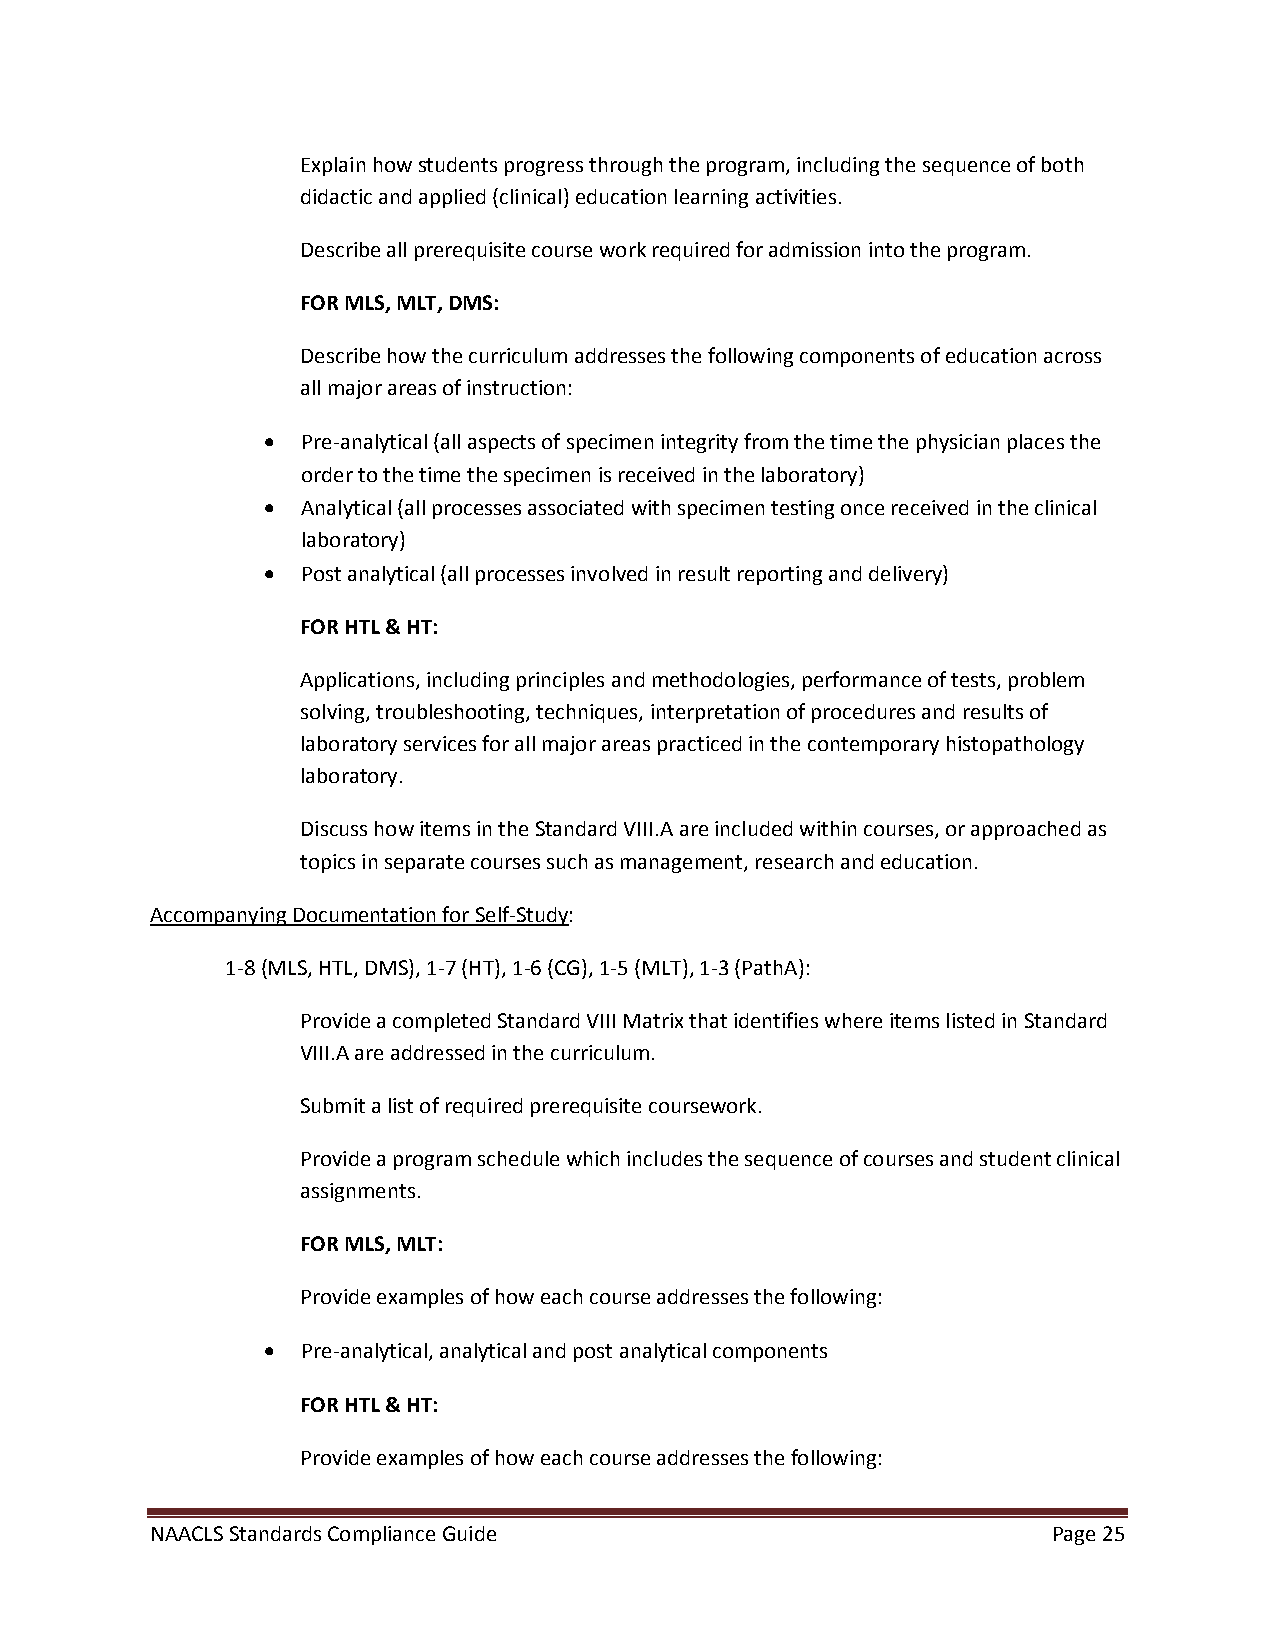
Explain how students progress through the program, including the sequence of both
 didactic and applied (clinical) education learning activities.
 Describe all prerequisite course work required for admission into the program.
 FOR MLS, MLT, DMS:
 Describe how the curriculum addresses the following components of education across
 all major areas of instruction:
 •  Pre-analytical (all aspects of specimen integrity from the time the physician places the
 order to the time the specimen is received in the laboratory)
 •  Analytical (all processes associated with specimen testing once received in the clinical
 laboratory)
 •  Post analytical (all processes involved in result reporting and delivery)
 FOR HTL & HT:
 Applications, including principles and methodologies, performance of tests, problem
 solving, troubleshooting, techniques, interpretation of procedures and results of
 laboratory services for all major areas practiced in the contemporary histopathology
 laboratory.
 Discuss how items in the Standard VIII.A are included within courses, or approached as
 topics in separate courses such as management, research and education.
 Accompanying Documentation for Self-Study:
 1-8 (MLS, HTL, DMS), 1-7 (HT), 1-6 (CG), 1-5 (MLT), 1-3 (PathA):
 Provide a completed Standard VIII Matrix that identifies where items listed in Standard
 VIII.A are addressed in the curriculum.
 Submit a list of required prerequisite coursework.
 Provide a program schedule which includes the sequence of courses and student clinical
 assignments.
 FOR MLS, MLT:
 Provide examples of how each course addresses the following:
 •  Pre-analytical, analytical and post analytical components
 FOR HTL & HT:
 Provide examples of how each course addresses the following:
 NAACLS Standards Compliance Guide                           Page 25